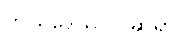
ဘယ်ဒေသလဲ ဆရာ။